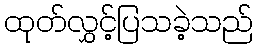
ထုတ်လွှင့်ပြသခဲ့သည်